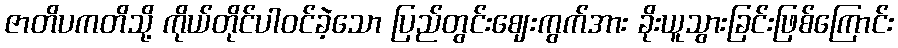
ဇာတိပကတိသို့ ကိုယ်တိုင်ပါဝင်ခဲ့သော ပြည်တွင်းဈေးကွက်အား ခိုးယူသွားခြင်းဖြစ်ကြောင်း